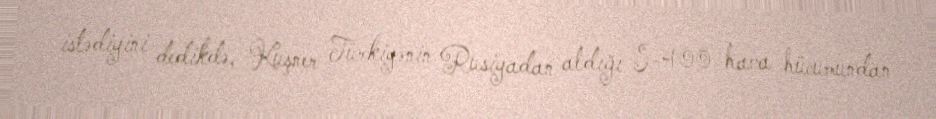
istədiyini dedikdə, Kuşner Türkiyənin Rusiyadan aldığı S-400 hava hücumundan